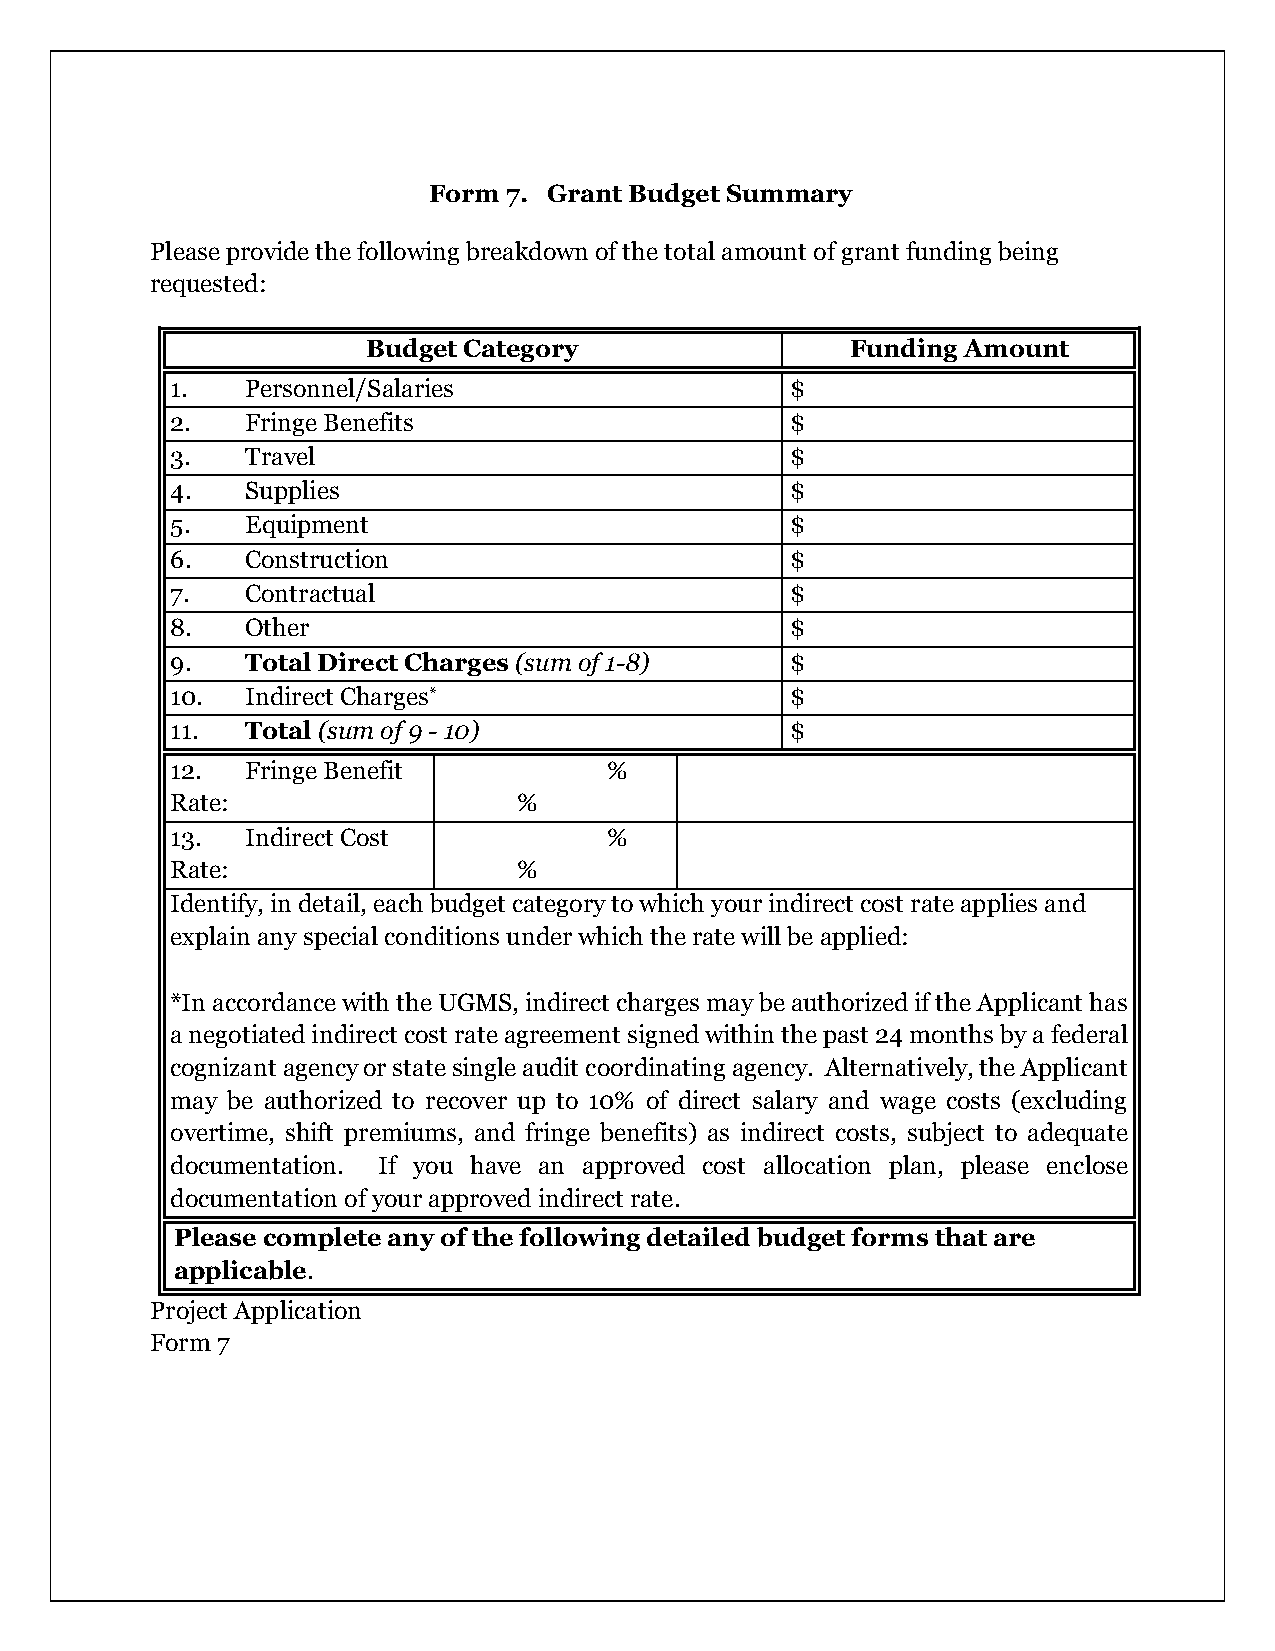
Form  7. Grant Budget Summary
 Please provide the following breakdown of the total amount of grant funding being
 requested:
 Budget Category                 Funding Amount
 1.   Personnel/Salaries                  $
 2.   Fringe Benefits                     $
 3.   Travel                              $
 4.   Supplies                            $
 5.   Equipment                           $
 6.   Construction                        $
 7.   Contractual                         $
 8.   Other                               $
 9.   Total Direct Charges (sum of 1-8)   $
 10.  Indirect Charges*                   $
 11.  Total (sum of 9 - 10)               $
 12.  Fringe Benefit          %
 Rate:                  %
 13.  Indirect Cost           %
 Rate:                  %
 Identify, in detail, each budget category to which your indirect cost rate applies and
 explain any special conditions under which the rate will be applied:
 *In accordance with the UGMS, indirect charges may be authorized if the Applicant has
 a negotiated indirect cost rate agreement signed within the past 24 months by a federal
 cognizant agency or state single audit coordinating agency. Alternatively, the Applicant
 may be authorized to recover up to 10% of direct salary and wage costs (excluding
 overtime, shift premiums, and fringe benefits) as indirect costs, subject to adequate
 documentation. If you have an approved cost allocation plan, please enclose
 documentation of your approved indirect rate.
 Please complete any of the following detailed budget forms that are
 applicable.
 Project Application
 Form 7